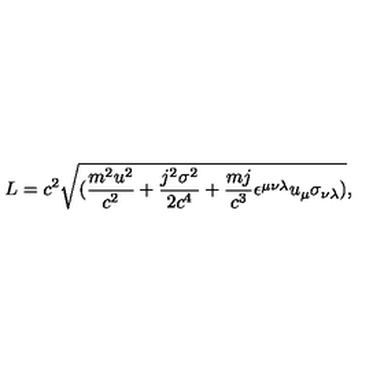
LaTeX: L = c ^ { 2 } \sqrt { ( { \frac { m ^ { 2 } u ^ { 2 } } { c ^ { 2 } } } + { \frac { j ^ { 2 } \sigma ^ { 2 } } { 2 c ^ { 4 } } } + { \frac { m j } { c ^ { 3 } } } \epsilon ^ { \mu \nu \lambda } u _ { \mu } \sigma _ { \nu \lambda } ) } ,